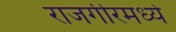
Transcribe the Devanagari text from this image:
राजगीरमध्ये